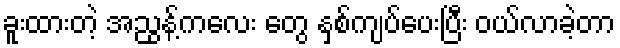
ခူးထားတဲ့ အညွန့်ကလေး တွေ နှစ်ကျပ်ပေးပြီး ဝယ်လာခဲ့တာ